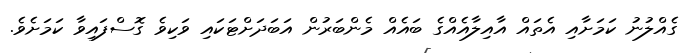
ގެއްލުނު ކަމަށާއި އެތައް އާއިލާއެއްގެ ބައެއް މެންބަރުން އަބަދަށްޓަކައި ވަކިވެ ގޮސްފައިވާ ކަމަށެވެ.